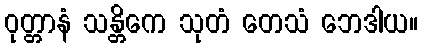
ဝုတ္တာနံ သန္တိကေ သုတံ တေသံ ဘေဒါယ။